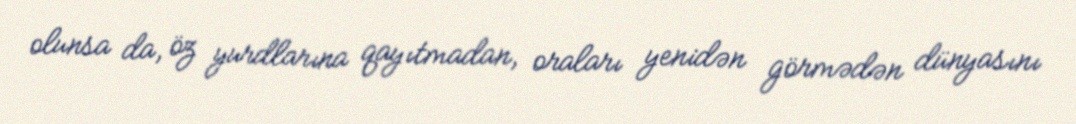
olunsa da, öz yurdlarına qayıtmadan, oraları yenidən görmədən dünyasını